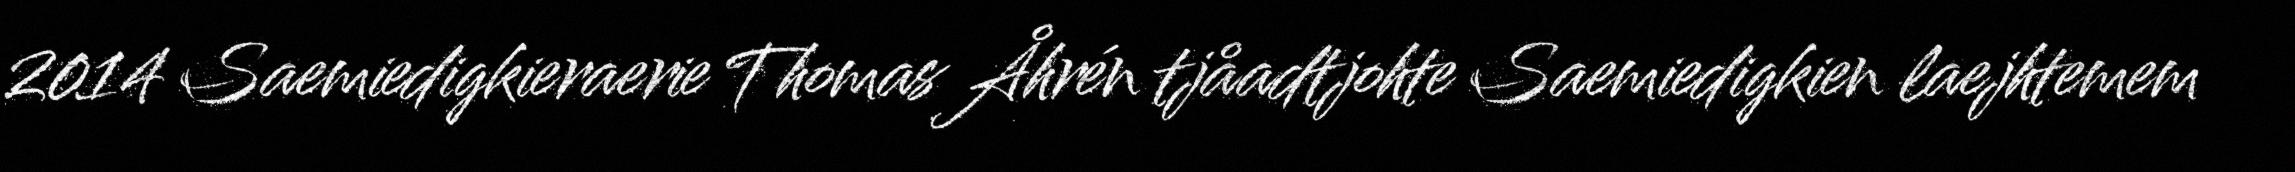
2014 Saemiedigkieraerie Thomas Åhrén tjåadtjohte Saemiedigkien laejhtemem